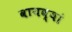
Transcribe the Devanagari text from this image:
वायव्यां